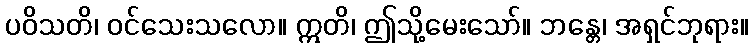
ပဝိသတိ၊ ဝင်သေးသလော။ ဣတိ၊ ဤသို့မေးသော်။ ဘန္တေ၊ အရှင်ဘုရား။